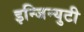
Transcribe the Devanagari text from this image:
इन्जिन्युटी